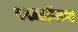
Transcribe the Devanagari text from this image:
स्पार्टाकन